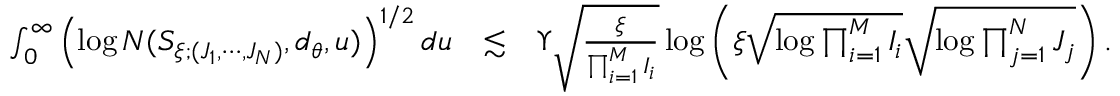
\begin{array} { r l r } { \int _ { 0 } ^ { \infty } \left( \log N ( S _ { \xi ; ( J _ { 1 } , \cdots , J _ { N } ) } , d _ { \theta } , u ) \right) ^ { 1 / 2 } d u } & { \lesssim } & { \Upsilon \sqrt { \frac { \xi } { \prod _ { i = 1 } ^ { M } I _ { i } } } \log \left( \xi \sqrt { \log \prod _ { i = 1 } ^ { M } I _ { i } } \sqrt { \log \prod _ { j = 1 } ^ { N } J _ { j } } \right) . } \end{array}